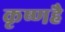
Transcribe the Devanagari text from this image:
कृष्णहै